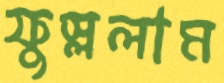
ফুস্‌ললাম